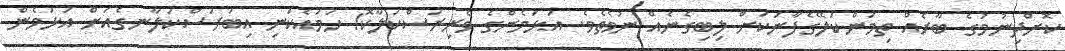
ކޮށްދިނުމުގެ ބާރެއް ތިމަންކަލޭގެފާނަކަށް ލިބިގެނެއް ނުވެތެވެ. އަޅަމެންގެ ވެރިރަސްކަލާކޮ! ހަމައެކަނި އިބަރަސްކަލާނގެއަށް އަޅަމެން